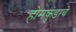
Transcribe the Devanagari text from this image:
होमकुंडाचे